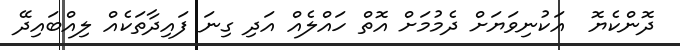
ދޮންކެޔޮ  އަކުނިވަޔަށް ދެމުމަށް އޮތް ހައްލެއް އަދި ގިނަ ފައިދާތަކެއް ލިއްބައިދޭ